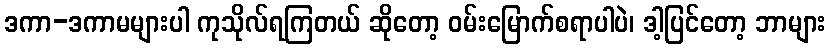
ဒကာ-ဒကာမများပါ ကုသိုလ်ရကြတယ် ဆိုတော့ ဝမ်းမြောက်စရာပါပဲ၊ ဒါ့ပြင်တော့ ဘာများ